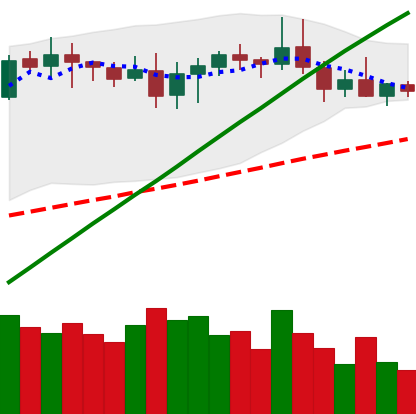
Ticker: DOGE-USD
Chart end date: 2020-08-23
Forward return: -4.277%
Label: down_3_5